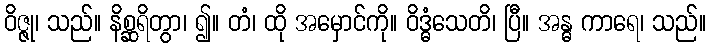
ဝိဇ္ဇု၊ သည်။ နိစ္ဆရိတွာ၊ ၍။ တံ၊ ထို အမှောင်ကို။ ဝိဒ္ဓံသေတိ၊ ပြီ။ အန္ဓ ကာရေ၊ သည်။